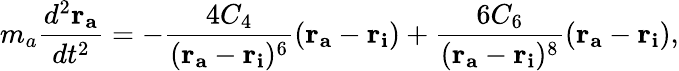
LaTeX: m_{a}\frac{d^{2}\mathbf{r_{a}}}{dt^{2}}=-\frac{4C_{4}}{(\mathbf{r_{a}}-\mathbf{r_{i}})^{6}}(\mathbf{r_{a}}-\mathbf{r_{i}})+\frac{6C_{6}}{(\mathbf{r_{a}}-\mathbf{r_{i}})^{8}}(\mathbf{r_{a}}-\mathbf{r_{i}}),